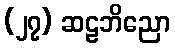
(၂၇) ဆဠဘိညော